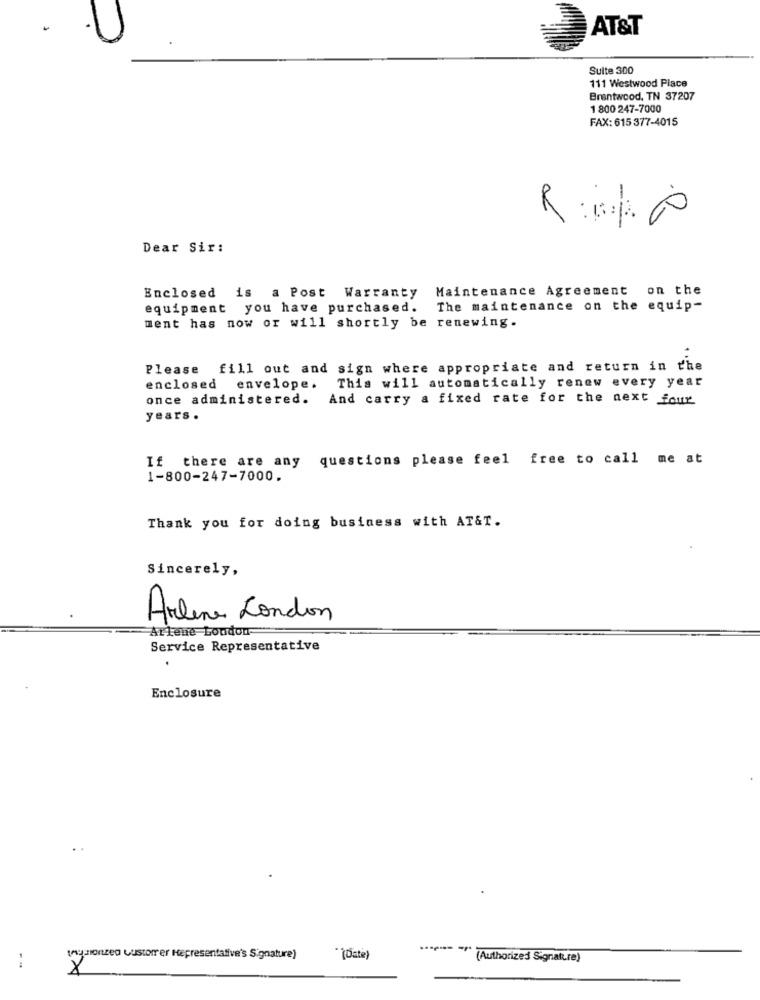
AT&T
Sulte 300
111 Westwood Place
Brentwood, TN 37207
1 800 247-7000
FAX: 615 377-4015
--
Dear Sir:
Enclosed is a Post Warranty Maintenance Agreement on the
equipment you have purchased.
The maintenance on the equip-
ment has now or will shortly be renewing.
Please fill out and sign where appropriate and return in the
enclosed envelope. This will automatically renew every year
once administered. And carry a fixed rate for the next four
years .
If there are any questions please feel free to call me at
1-800-247-7000.
Thank you for doing business with AT&T.
Sincerely,
Arlene London
Arlene London
Service Representative
Enclosure
(nycionzen Lustorrer Representative's Signature)
" joste)
**** *** (Authorized Signature)
--